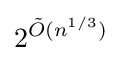
2^{{\tilde {O}}(n^{1/3})}